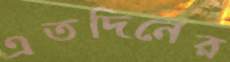
এতদিনের